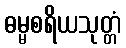
ဓမ္မစရိယသုတ္တံ